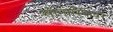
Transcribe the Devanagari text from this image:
सोनोस्फियर